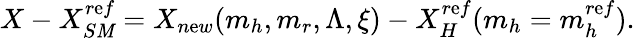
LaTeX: X-X_{S\mathit{M}}^{r\mathrm{e}f}=X_{n\mathrm{e}w}(m_{h},m_{r},\Lambda,\xi)-X_{H}^{r\mathrm{e}f}(m_{h}=m_{h}^{r\mathrm{e}f}).